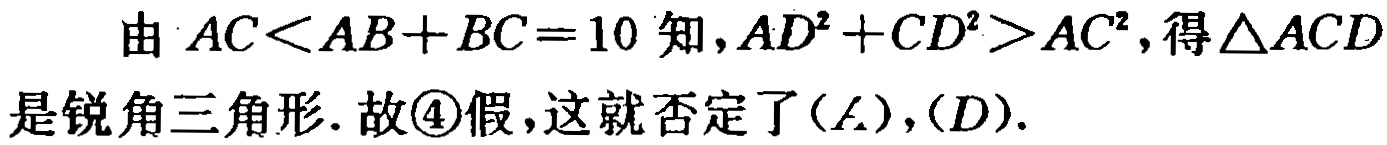
由 \(AC<AB + BC = 10\) 知，\(AD^{2}+CD^{2}>AC^{2}\)，得\(\triangle ACD\)是锐角三角形. 故\textcircled{4}假，这就否定了\((A)\)，\((D)\).